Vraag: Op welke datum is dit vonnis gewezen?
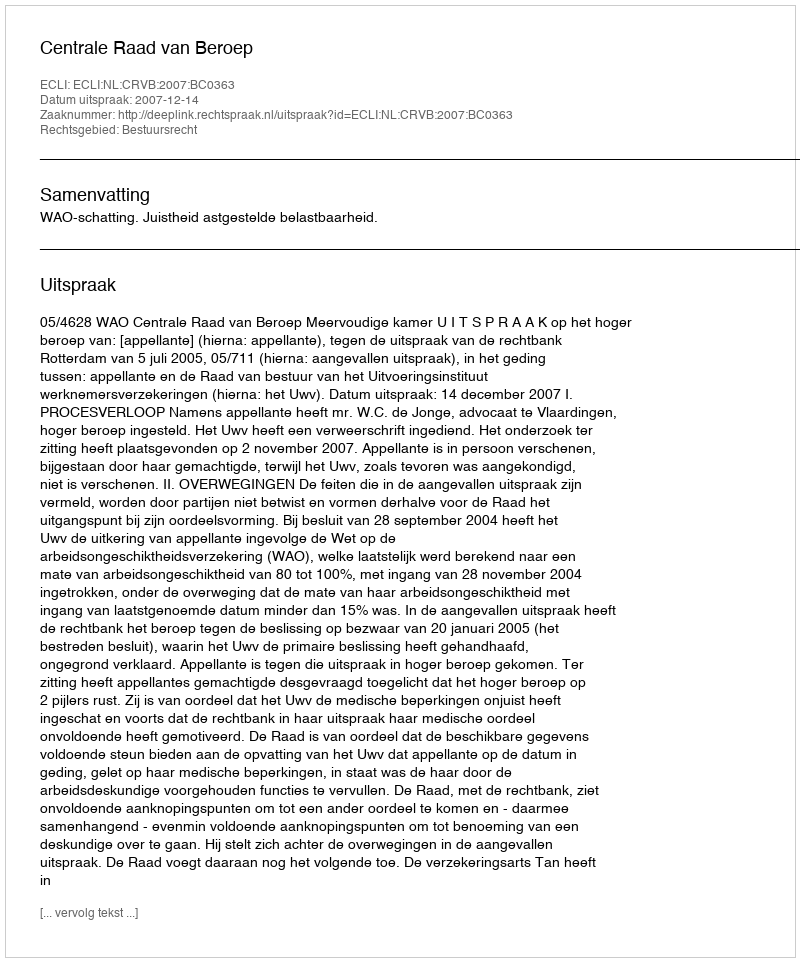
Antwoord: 2007-12-14